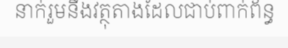
នាក់រួមនឹងវត្ថុតាងដែលជាប់ពាក់ព័ន្ធ